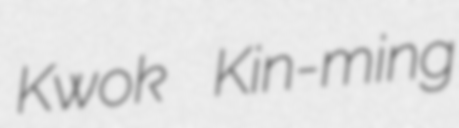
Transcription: Kwok Kin-ming